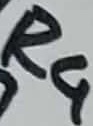
Text: R4